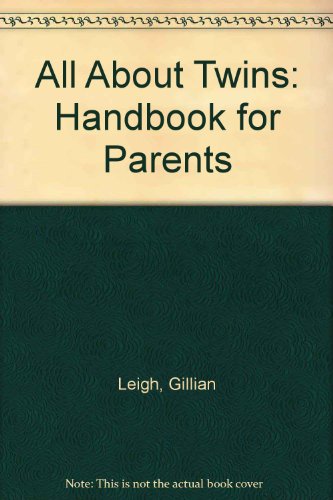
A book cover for All About Twins: Handbook for Parents; Gillian Leigh; Parenting & Relationships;